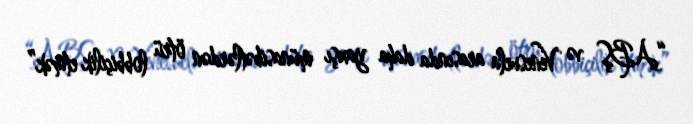
“ABŞ və Venesuela arasında daha yaxşı münasibətlərdən ötrü lobbiçilik etmək”